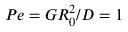
P e = G R _ { 0 } ^ { 2 } / D = 1